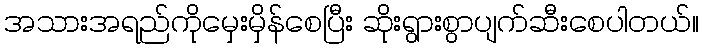
အသားအရည်ကိုမှေးမှိန်စေပြီး ဆိုးရွားစွာပျက်ဆီးစေပါတယ်။